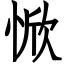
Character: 惞